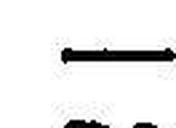
—